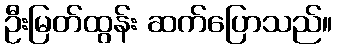
ဦးမြတ်ထွန်း ဆက်ပြောသည်။